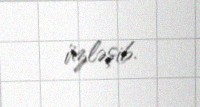
üzləşib.